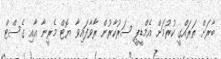
ބާރަށް ތަރައްގީ ކުރުމަށް އެމްޑީޕީ ސަރުކާރުން ރާވާފައިވާ ޔޮޓް މެރީނާ އާއި ގެސްޓް